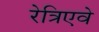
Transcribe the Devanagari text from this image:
रेत्रिएवे